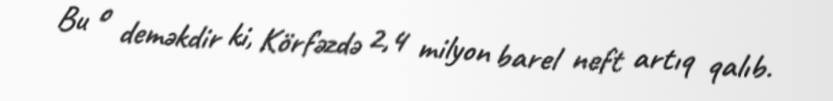
Bu o deməkdir ki, Körfəzdə 2,4 milyon barel neft artıq qalıb.